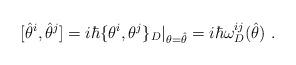
LaTeX: \begin{align*}[\hat{\theta}^i,\hat{\theta}^j]=i\hbar \{\theta ^i,\theta ^j\}_D\vert_{\theta =\hat{\theta}}=i\hbar \omega ^{ij}_D (\hat{\theta })\ .\end{align*}